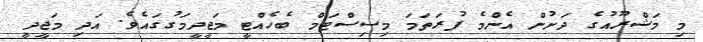
މި މަޝްރޫއުގެ ދަށުން އެންމެ ފުރަތަމަ މިސިސްޓަމް ބެހެއްޓީ މަޖީދީމަގުގައެވެ. އަދި މަޖީދީ